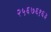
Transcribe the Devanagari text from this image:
२५६७६१६३